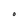
Character: O